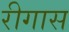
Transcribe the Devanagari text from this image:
रीगास